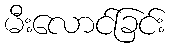
မီးလောင်ခြင်း